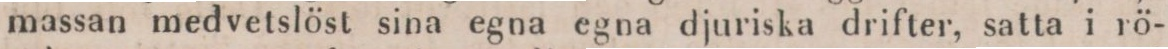
massan medvetslöst sina egna egna djuriska drifter, satta i rö-